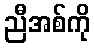
ညီအစ်ကို